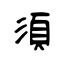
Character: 須